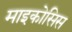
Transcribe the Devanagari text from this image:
माइकोसिस